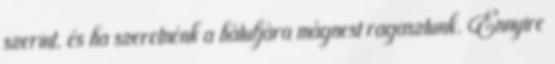
szerint, és ha szeretnénk a hátuljára mágnest ragasztunk. Ennyire